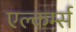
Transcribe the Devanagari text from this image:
एल्कर्म्स